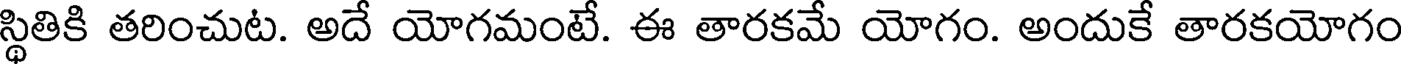
స్థితికి తరించుట. అదే యోగమంటే. ఈ తారకమే యోగం. అందుకే తారకయోగం